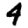
Digit: 4